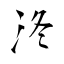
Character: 泈